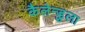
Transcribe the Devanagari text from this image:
कैलेन्डुला